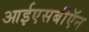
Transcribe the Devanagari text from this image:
आईएसबीऍन